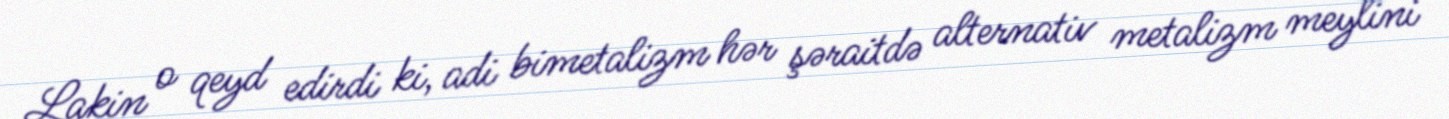
Lakin o qeyd edirdi ki, adi bimetalizm hər şəraitdə alternativ metalizm meylini